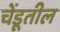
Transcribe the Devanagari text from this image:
चेंडूतील